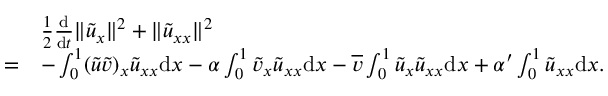
\begin{array} { r l } & { \frac 1 2 \frac { \mathrm { d } } { \mathrm { d } t } \| { \tilde { u } } _ { x } \| ^ { 2 } + \| { \tilde { u } } _ { x x } \| ^ { 2 } } \\ { = } & { - \int _ { 0 } ^ { 1 } ( { \tilde { u } } { \tilde { v } } ) _ { x } { \tilde { u } } _ { x x } { \mathrm { d } x } - \alpha \int _ { 0 } ^ { 1 } { \tilde { v } } _ { x } { \tilde { u } } _ { x x } { \mathrm { d } x } - \overline { { v } } \int _ { 0 } ^ { 1 } { \tilde { u } } _ { x } { \tilde { u } } _ { x x } { \mathrm { d } x } + \alpha ^ { \prime } \int _ { 0 } ^ { 1 } { \tilde { u } } _ { x x } { \mathrm { d } x } . } \end{array}